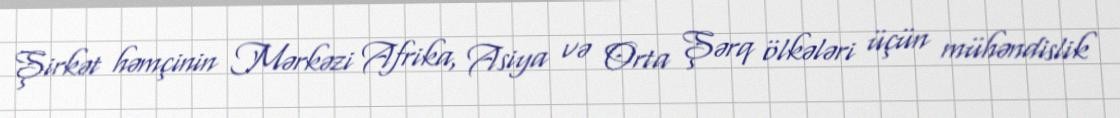
Şirkət həmçinin Mərkəzi Afrika, Asiya və Orta Şərq ölkələri üçün mühəndislik